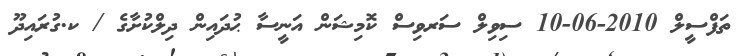
ތަފްސީލް 2010-06-10 ސިވިލް ސަރވިސް ކޮމިޝަން އަނީސާ ޙުދައިން ދިލްކުށާގެ / ކ.ގުރައިދޫ